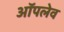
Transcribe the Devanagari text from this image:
ऑपलेव